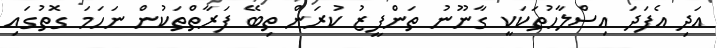
އަދި އެފަދަ އިސްލާހުތަކަކީ ގާނޫނު ތަންފީޒު ކުރަން ތިބޭ ފަރާތްތަކުން ނަހަމަ ގޮތުގައި